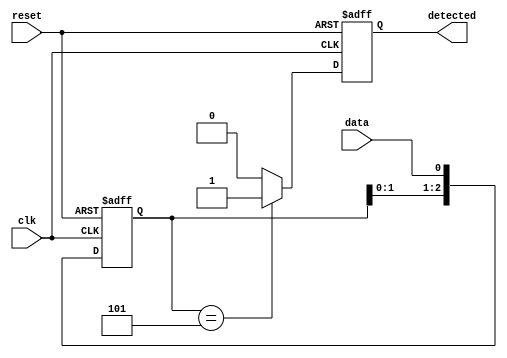
module PatternDetector (
    input wire clk,          // Clock signal
    input wire reset,        // Reset signal
    input wire data,         // Input signal to monitor
    output reg detected      // Detected signal output
);

    // Parameters for the pattern length and the pattern itself
    parameter PATTERN_LENGTH = 3;
    localparam [PATTERN_LENGTH-1:0] PATTERN = 3'b101; // Pattern to detect

    // Flip-flops to hold the history of the input signal
    reg [PATTERN_LENGTH-1:0] shift_reg;

    // Always block for sampling the input data on clock edge
    always @(posedge clk or posedge reset) begin
        if (reset) begin
            shift_reg <= 0; // Clear shift register on reset
            detected <= 0;   // Reset detected signal
        end else begin
            // Shift the previous values and latch in the new input data
            shift_reg <= {shift_reg[PATTERN_LENGTH-2:0], data};
            
            // Compare with the predefined pattern
            if (shift_reg == PATTERN) begin
                detected <= 1; // Set detected high when pattern matches
            end else begin
                detected <= 0; // Clear detected if no match
            end
        end
    end

endmodule